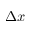
\Delta x